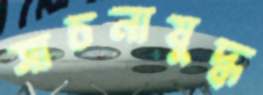
সাচনাযুদ্ধ